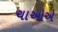
ચાઓએ